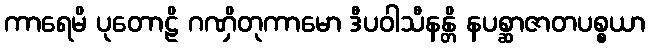
ကာရေမိ ပုတောဠိ ဂဏှိတုကာမော ဒီပဝါသီနန္တိ နပစ္ဆာဇာတပစ္စယာ